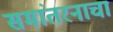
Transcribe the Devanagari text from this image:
समांतरनाचा